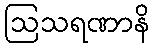
ဩသရဏာနိ